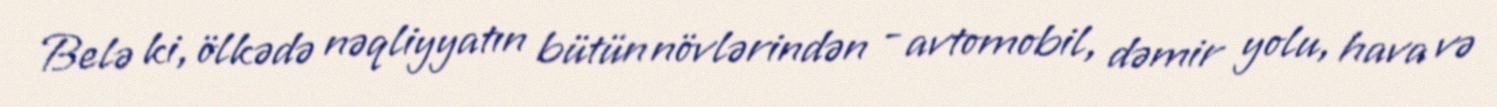
Belə ki, ölkədə nəqliyyatın bütün növlərindən - avtomobil, dəmir yolu, hava və